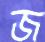
জ